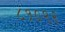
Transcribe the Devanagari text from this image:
८१०९२